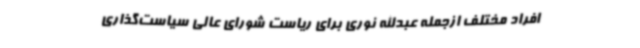
افراد مختلف ازجمله عبدالله نوری برای ریاست شورای ‌عالی سیاست‌گذاری